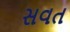
સવત